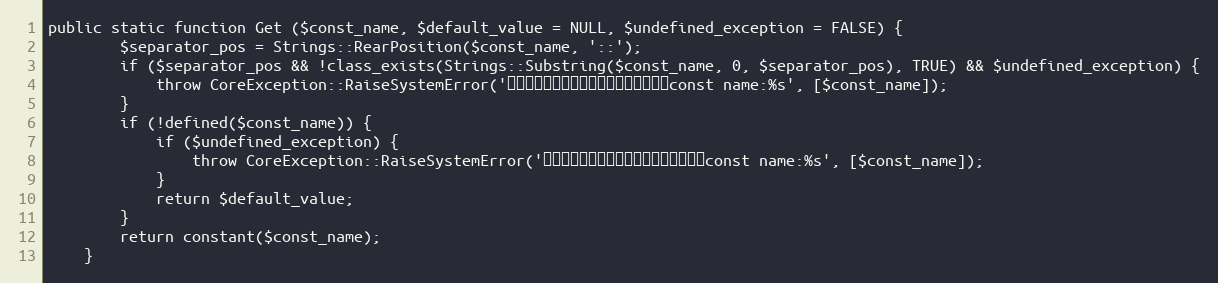
Language: PHP
public static function Get ($const_name, $default_value = NULL, $undefined_exception = FALSE) {
		$separator_pos = Strings::RearPosition($const_name, '::');
		if ($separator_pos && !class_exists(Strings::Substring($const_name, 0, $separator_pos), TRUE) && $undefined_exception) {
			throw CoreException::RaiseSystemError('存在しないクラスが設定されています。const name:%s', [$const_name]);
		}
		if (!defined($const_name)) {
			if ($undefined_exception) {
				throw CoreException::RaiseSystemError('存在しない定数名が設定されています。const name:%s', [$const_name]);
			}
			return $default_value;
		}
		return constant($const_name);
	}